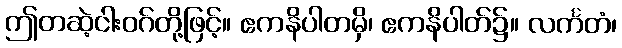
ဤတဆဲ့ငါးဝဂ်တို့ဖြင့်။ ဧကနိပါတမှိ၊ ဧကနိပါတ်၌။ လင်္ကတံ၊